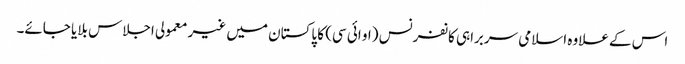
اس کے علاوہ اسلامی سربراہی کانفرنس (او ائی سی) کا پاکستان میں غیر معمولی اجلاس بلایا جائے۔